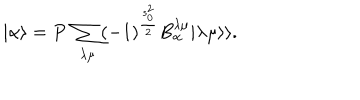
LaTeX: | \alpha \rangle = P \ \sum _ { \lambda \mu } ( - 1 ) ^ { \frac { s _ { 0 } ^ { 2 } } { 2 } } B _ { \alpha } ^ { \lambda \mu } | \lambda \mu \rangle \rangle .